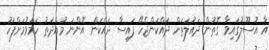
އާ އުސޫލުގައިވާ ގޮތުން ދައުލަތަށް ދައްކަންޖެހޭ ފައިސާ ދައްކަން އޮންނަ މުއްދަތު ހަމަވުމަށްފަހު